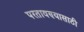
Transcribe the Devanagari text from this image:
परतावण्यासाठी